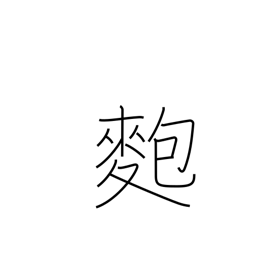
Meaning: sticky rice ball